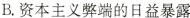
B.资本主义弊端的日益暴露